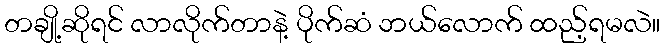
တချို့ဆိုရင် လာလိုက်တာနဲ့ ပိုက်ဆံ ဘယ်လောက် ထည့်ရမလဲ။